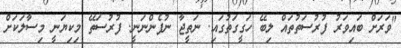
"ވަރަށް ބައިވަރު ފުރުސަތުތައް ލިބޭ ހަގީގަތުގައި. ނަތީޖާ ނުފެންނަނީ. ފުރުސަތޭ މިކިޔަނީ މިސާލަކަށް